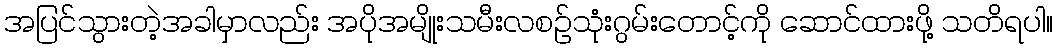
အပြင်သွားတဲ့အခါမှာလည်း အပိုအမျိုးသမီးလစဉ်သုံးဂွမ်းတောင့်ကို ဆောင်ထားဖို့ သတိရပါ။